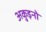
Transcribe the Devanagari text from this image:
अकुइनो